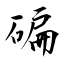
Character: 碥